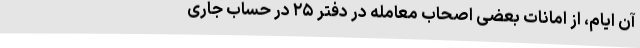
آن ایّام، از اماناتِ بعضی اصحابِ معامله در دفتر ۲۵ در حسابِ جاریِ